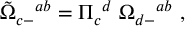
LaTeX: { \tilde { \Omega } } _ { c - } { } ^ { a b } = \Pi _ { c } { } ^ { d } \; \Omega _ { d - } { } ^ { a b } \ ,